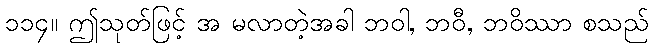
၁၁၄။ ဤသုတ်ဖြင့် အ မလာတဲ့အခါ ဘဝါ, ဘဝီ, ဘဝိဿာ စသည်